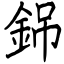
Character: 銱